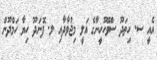
އެއީ ސ. ހިތަދޫ ސްވޭހޫހީނާގެ އަލީ މިޖުވާދާއި ލ. ފޮނަދޫ ހިޔާ ހަމްދޫން